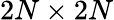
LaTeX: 2N\times 2N